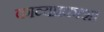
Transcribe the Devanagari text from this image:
काव्यप्रकाश।